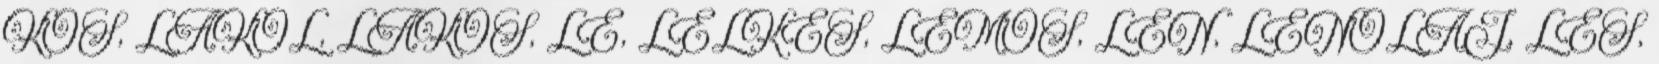
KOS, LAKOL, LAKOS, LE, LELKES, LEMOS, LEN, LENOLAJ, LES,